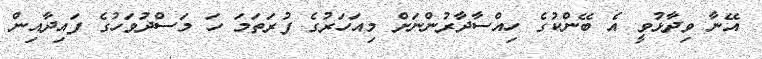
އޭނާ ވިދާޅުވީ އެ ބޭންކުގެ ހިއްސާދާރުންނަށް މިއަހަރުގެ ފުރަތަމަ ހަ މަސްދުވަހުގެ ފައިދާއިން